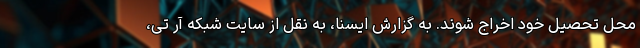
محل تحصیل خود اخراج شوند. به گزارش ایسنا، به نقل از سایت شبکه آر تی،